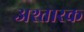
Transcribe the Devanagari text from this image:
अश्तारक